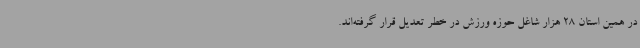
در همین استان 28 هزار شاغل حوزه ورزش در خطر تعدیل قرار گرفته‌اند.